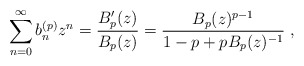
\begin{align*}\sum_{n=0}^\infty b^{(p)}_n z^n =\frac{B_p'(z)}{B_p(z)}= \frac{B_p(z)^{p-1}}{1-p+pB_p(z)^{-1}}\ ,\end{align*}